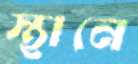
স্থানে